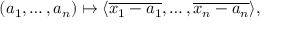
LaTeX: ( a _ { 1 } , \ldots , a _ { n } ) \mapsto \langle { \overline { { x _ { 1 } - a _ { 1 } } } } , \ldots , { \overline { { x _ { n } - a _ { n } } } } \rangle ,